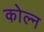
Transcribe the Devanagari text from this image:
कोल्न